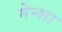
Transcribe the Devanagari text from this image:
मेन्शा